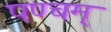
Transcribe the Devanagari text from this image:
पण्चम्